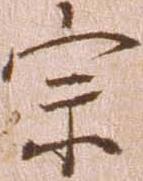
宗